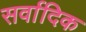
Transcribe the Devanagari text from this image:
सर्वादिक